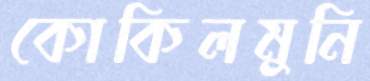
কোকিলমুনি